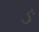
ઙ